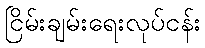
ငြိမ်းချမ်းရေးလုပ်ငန်း